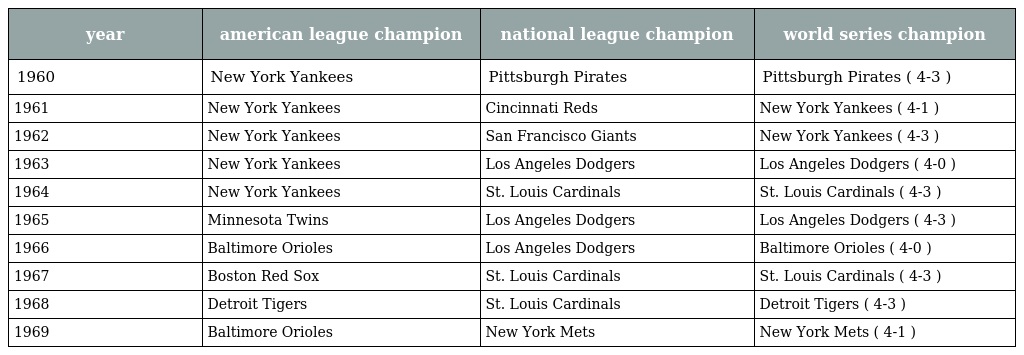
| year | american league champion | national league champion | world series champion |
 | --- | --- | --- | --- |
 | 1960 | New York Yankees | Pittsburgh Pirates | Pittsburgh Pirates ( 4-3 ) |
 | 1961 | New York Yankees | Cincinnati Reds | New York Yankees ( 4-1 ) |
 | 1962 | New York Yankees | San Francisco Giants | New York Yankees ( 4-3 ) |
 | 1963 | New York Yankees | Los Angeles Dodgers | Los Angeles Dodgers ( 4-0 ) |
 | 1964 | New York Yankees | St. Louis Cardinals | St. Louis Cardinals ( 4-3 ) |
 | 1965 | Minnesota Twins | Los Angeles Dodgers | Los Angeles Dodgers ( 4-3 ) |
 | 1966 | Baltimore Orioles | Los Angeles Dodgers | Baltimore Orioles ( 4-0 ) |
 | 1967 | Boston Red Sox | St. Louis Cardinals | St. Louis Cardinals ( 4-3 ) |
 | 1968 | Detroit Tigers | St. Louis Cardinals | Detroit Tigers ( 4-3 ) |
 | 1969 | Baltimore Orioles | New York Mets | New York Mets ( 4-1 ) |